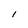
Character: I